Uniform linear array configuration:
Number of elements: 32
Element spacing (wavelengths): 0.25
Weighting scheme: kaiser
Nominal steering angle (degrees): -60
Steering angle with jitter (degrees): -58.624
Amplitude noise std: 0.05
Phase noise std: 0.05

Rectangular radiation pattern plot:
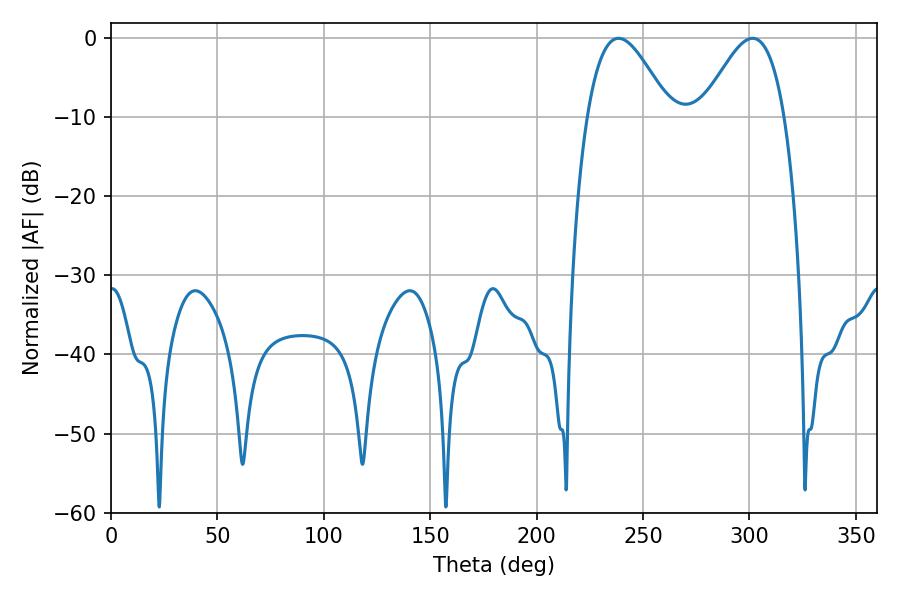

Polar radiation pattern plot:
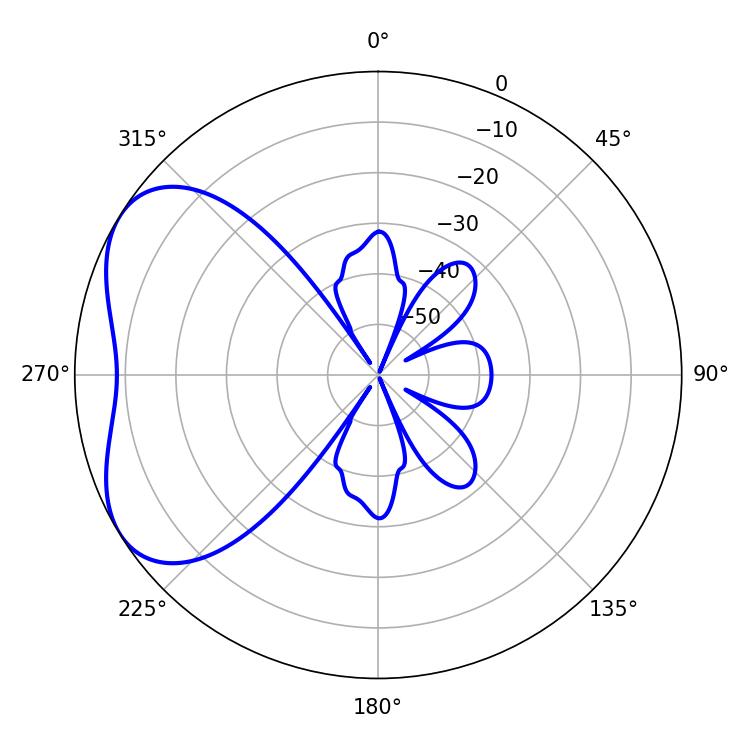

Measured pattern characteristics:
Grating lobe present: FALSE
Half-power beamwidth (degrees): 20.88
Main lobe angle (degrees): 301.5